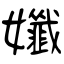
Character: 孅